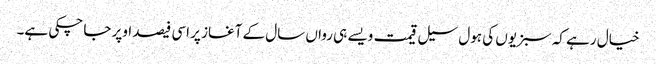
خیال رہے کہ سبزیوں کی ہول سیل قیمت ویسے ہی رواں سال کے آغاز پر اسی فیصد اوپر جا چکی ہے۔